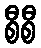
စီစီ